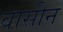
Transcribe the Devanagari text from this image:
वासीन